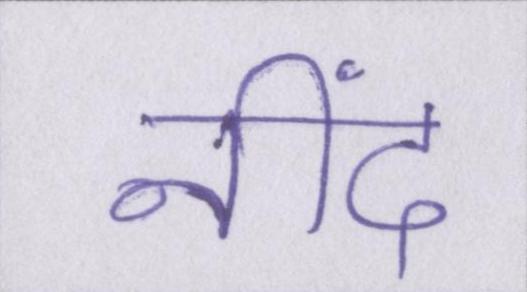
नींद